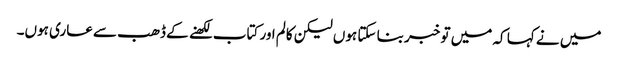
میں نے کہا کہ میں تو خبر بنا سکتا ہوں لیکن کالم اور کتاب لکھنے کے ڈھب سے عاری ہوں۔